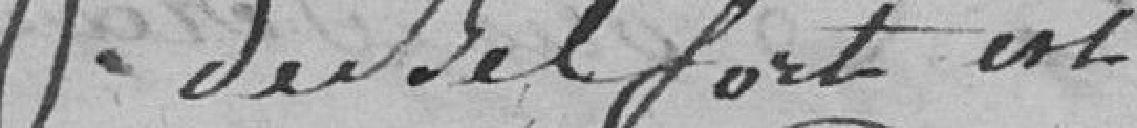
de Belfort est